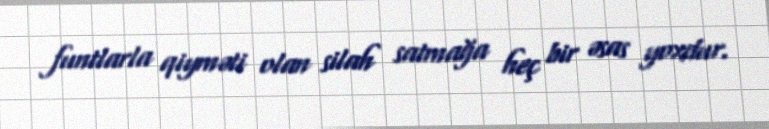
funtlarla qiyməti olan silah satmağa heç bir əsas yoxdur.